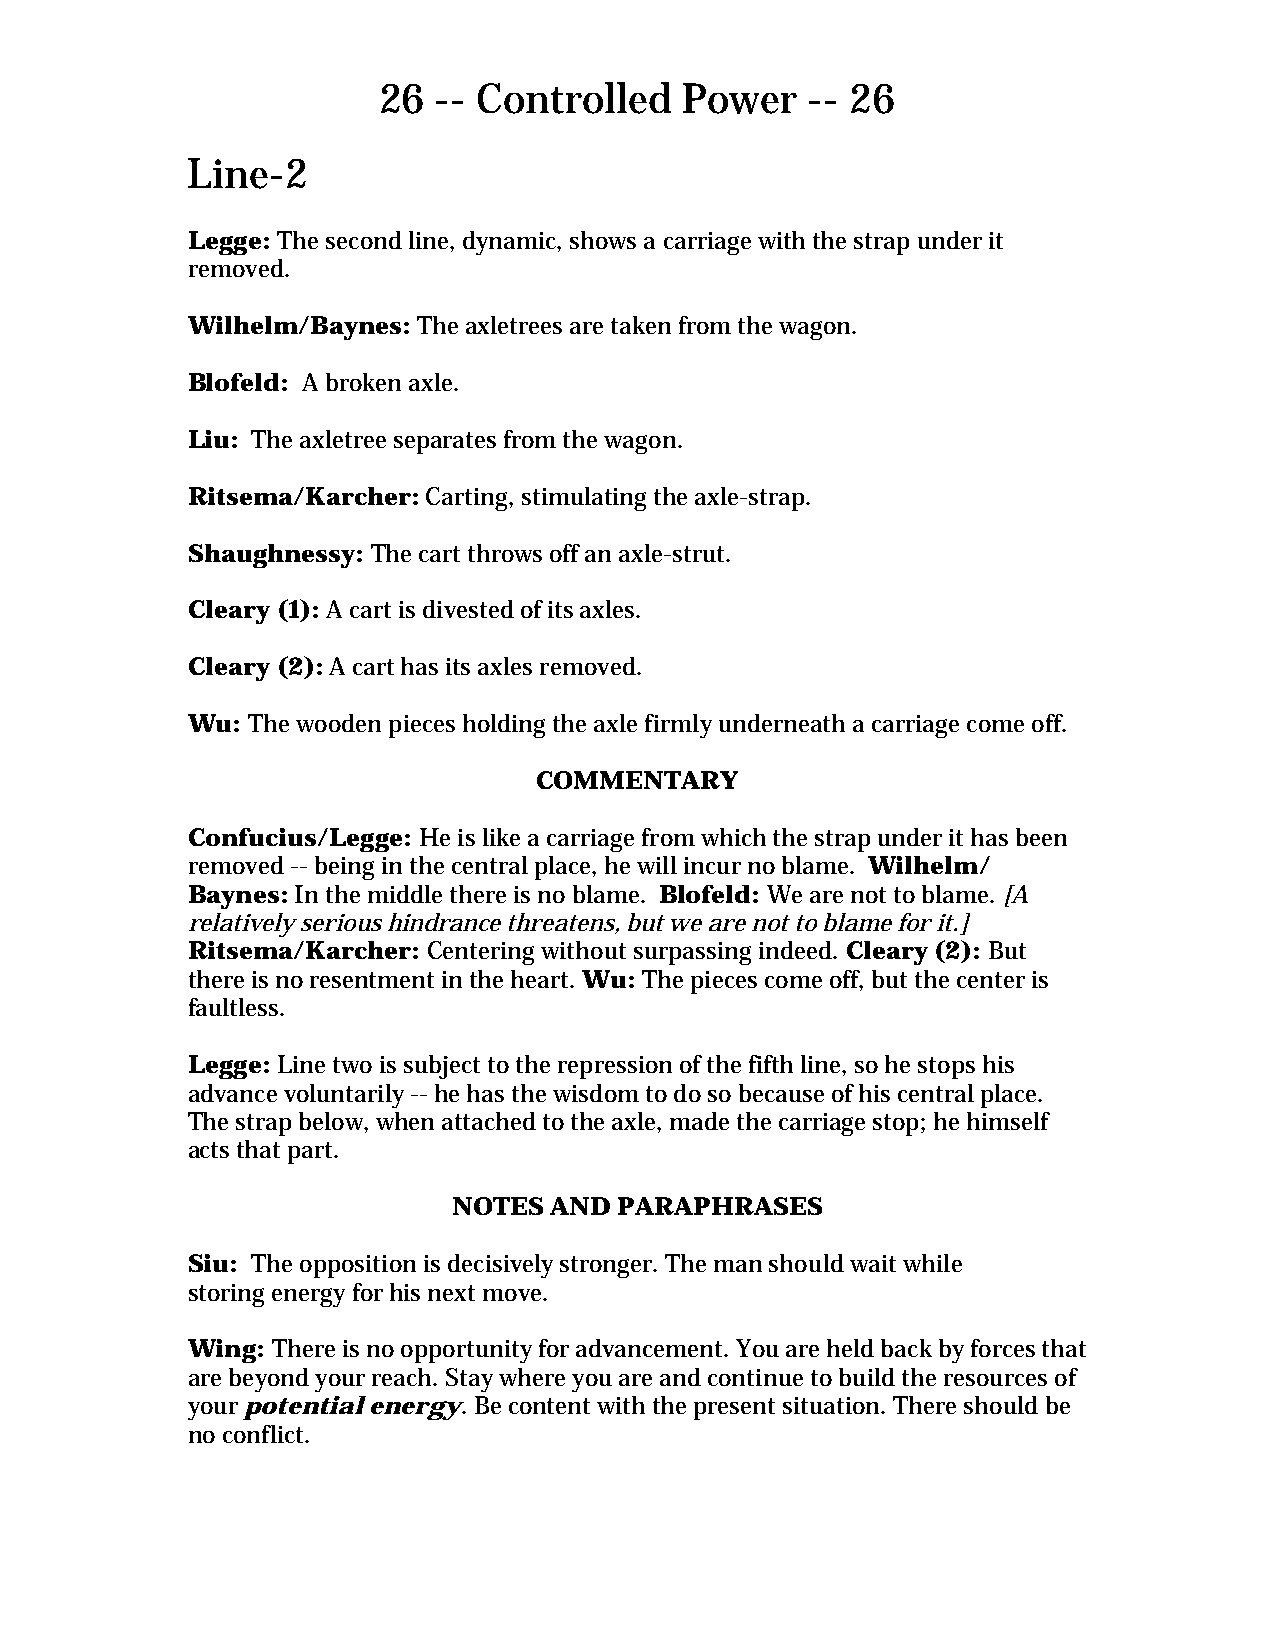
26  -- Controlled   Power    -- 26
 Line-2
 Legge: The second line, dynamic, shows a carriage with the strap under it
 removed.
 Wilhelm/Baynes: The axletrees are taken from the wagon.
 Blofeld: A broken axle.
 Liu: The axletree separates from the wagon.
 Ritsema/Karcher: Carting, stimulating the axle-strap.
 Shaughnessy: The cart throws off an axle-strut.
 Cleary (1): A cart is divested of its axles.
 Cleary (2): A cart has its axles removed.
 Wu: The wooden pieces holding the axle firmly underneath a carriage come off.
 COMMENTARY
 Confucius/Legge: He is like a carriage from which the strap under it has been
 removed -- being in the central place, he will incur no blame. Wilhelm/
 Baynes: In the middle there is no blame. Blofeld: We are not to blame. [A
 relatively serious hindrance threatens, but we are not to blame for it.]
 Ritsema/Karcher: Centering without surpassing indeed. Cleary (2): But
 there is no resentment in the heart. Wu: The pieces come off, but the center is
 faultless.
 Legge: Line two is subject to the repression of the fifth line, so he stops his
 advance voluntarily -- he has the wisdom to do so because of his central place.
 The strap below, when attached to the axle, made the carriage stop; he himself
 acts that part.
 NOTES AND  PARAPHRASES
 Siu: The opposition is decisively stronger. The man should wait while
 storing energy for his next move.
 Wing: There is no opportunity for advancement. You are held back by forces that
 are beyond your reach. Stay where you are and continue to build the resources of
 your potential energy. Be content with the present situation. There should be
 no conflict.